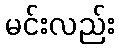
မင်းလည်း